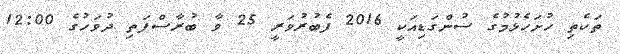
ތަކެތި ހުށަހެޅުމުގެ ސުންގަޑިއަކީ 2016 ފެބުރުވަރީ 25 ވާ ބުރާސްފަތި ދުވަހުގެ 12:00